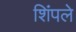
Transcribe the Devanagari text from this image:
शिंपले